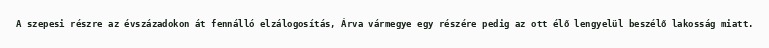
A szepesi részre az évszázadokon át fennálló elzálogosítás, Árva vármegye egy részére pedig az ott élő lengyelül beszélő lakosság miatt.